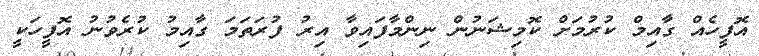
އޮފީހެއް ގާއިމް ކުރުމަށް ކޮމިޝަނުން ނިންމާފައިވާ އިރު ފުރަތަމަ ގާއިމު ކުރެވުނު އޮފީހަކީ